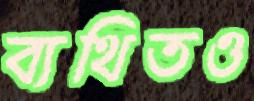
ব্যথিতও